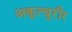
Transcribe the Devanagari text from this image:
अकूत्चुरीर